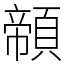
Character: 䫕